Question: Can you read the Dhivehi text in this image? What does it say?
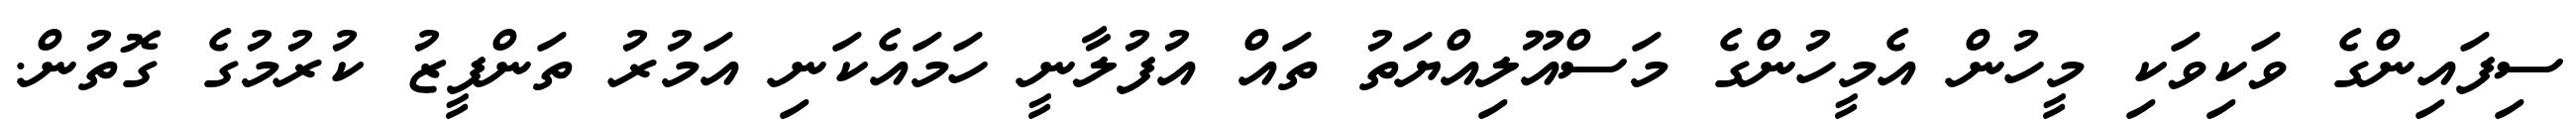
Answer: ސިފައިންގެ ވަކިވަކި މީހުން އެމީހުންގެ މަސްއޫލިއްޔަތު ތައް އުފުލާނީ ހަމައެކަނި އަމުރު ތަންފީޒު ކުރުމުގެ ގޮތުން.